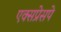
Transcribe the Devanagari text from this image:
एक्सप्रेसपे